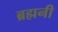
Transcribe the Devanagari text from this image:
ब्रह्मनी